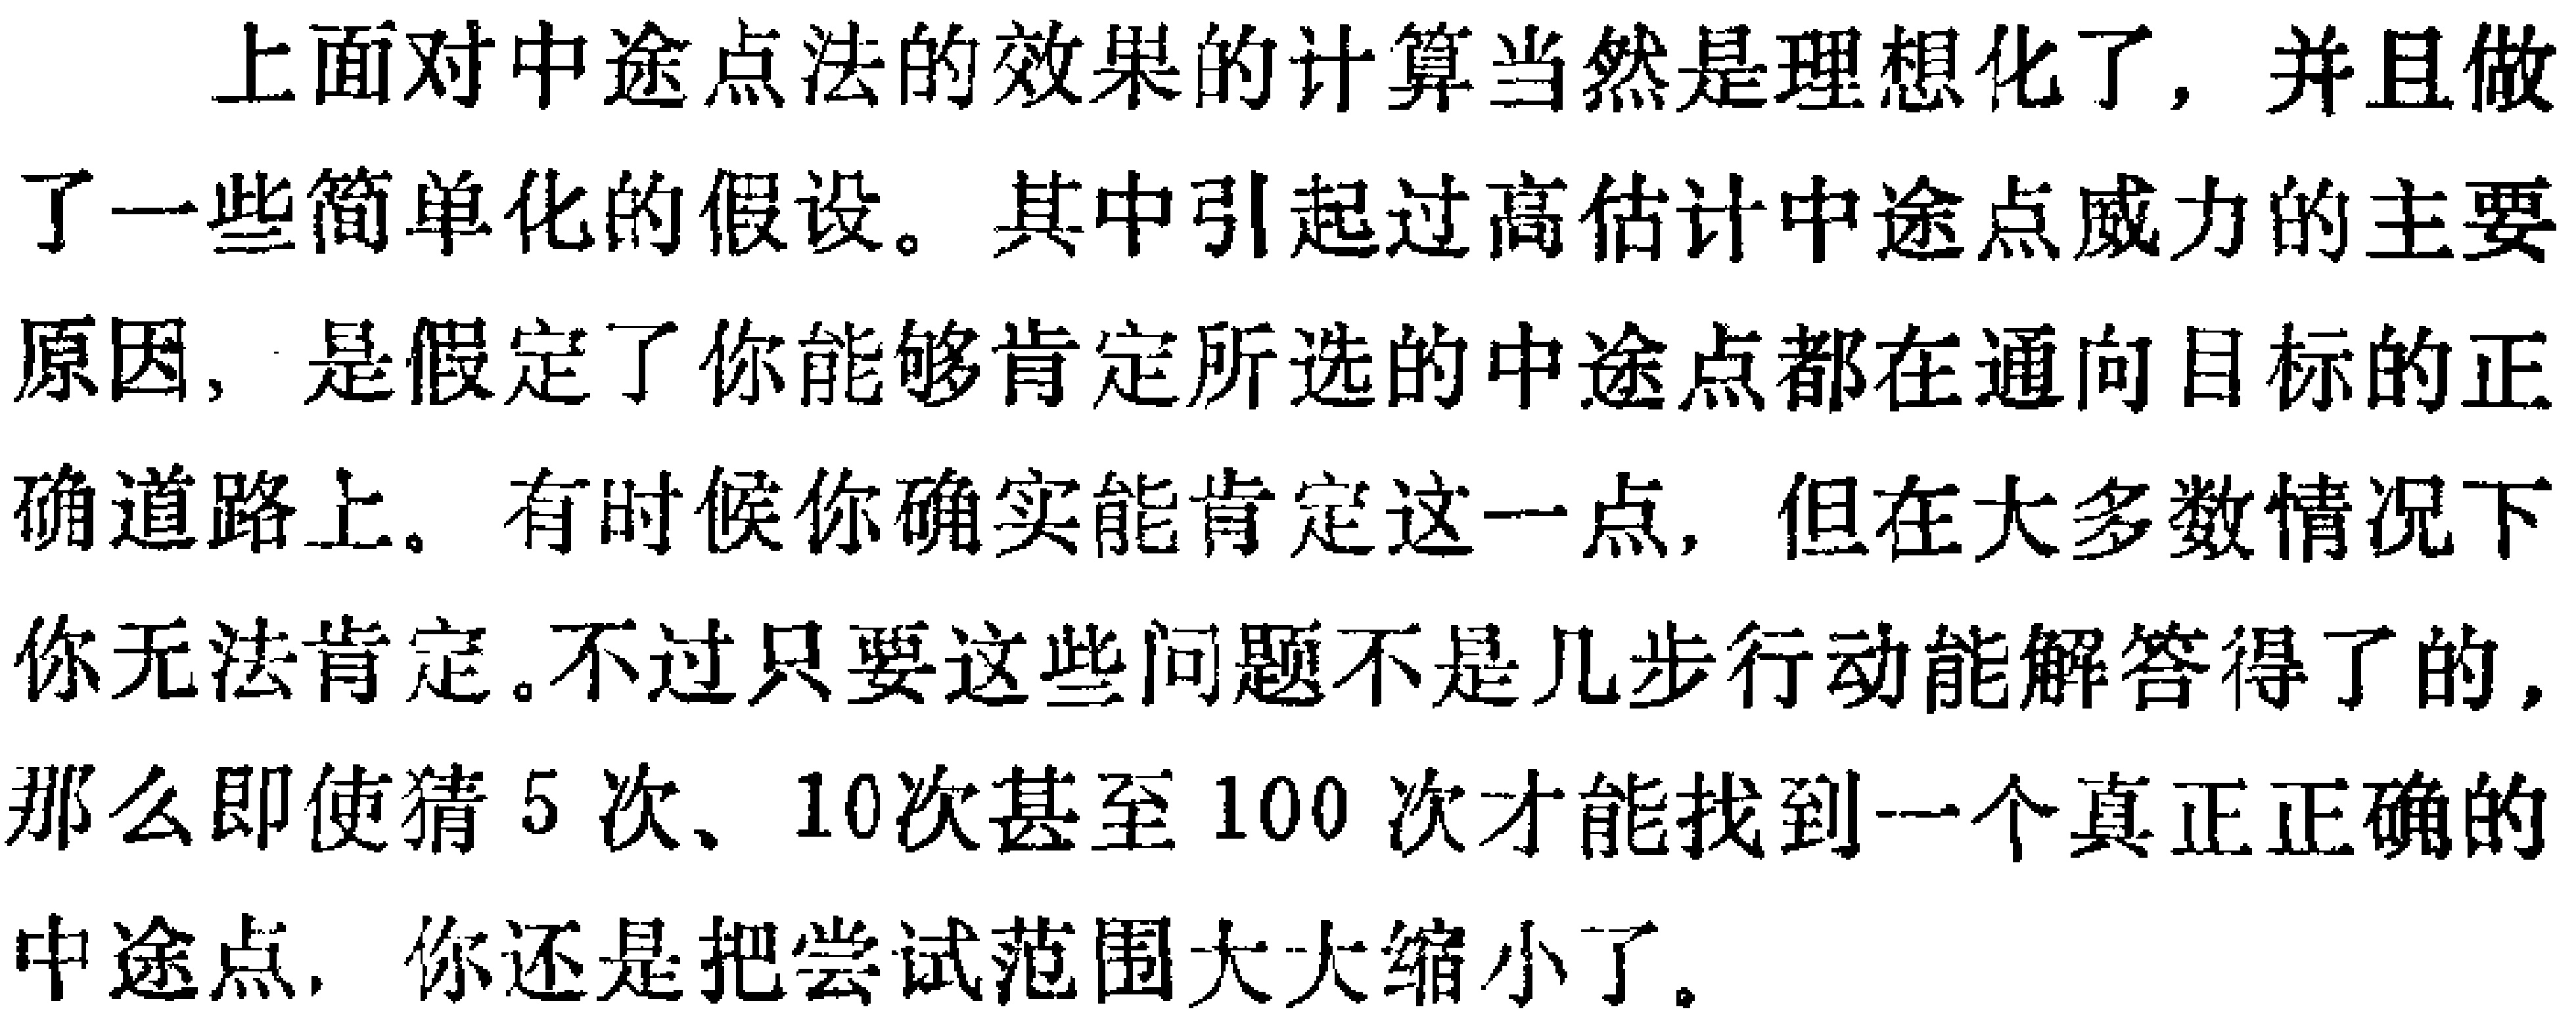
上面对中途点法的效果的计算当然是理想化了，并且做了一些简单化的假设。其中引起过高估计中途点威力的主要原因，是假定了你能够肯定所选的中途点都在通向目标的正确道路上。有时候你确实能肯定这一点，但在大多数情况下你无法肯定。不过只要这些问题不是几步行动能解答得了的，那么即使猜5次、10次甚至100次才能找到一个真正正确的中途点，你还是把尝试范围大大缩小了。